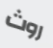
روث